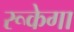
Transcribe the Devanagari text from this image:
रूकेगा